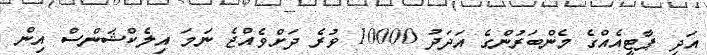
އަދި ޕާޓީއެއްގެ މެންބަރުންގެ އަދަދު 10000 ވުރެ ދަށްވެއްޖެ ނަމަ އިލެކްޝަންސް އިން